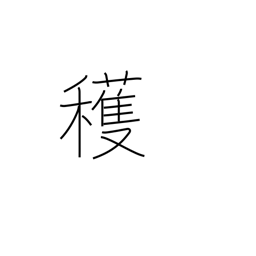
Meaning: reap